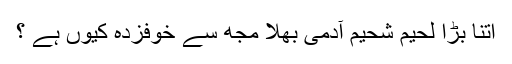
اتنا بڑا لحیم شحیم آدمی بھلا مجھ سے خوفزدہ کیوں ہے ؟